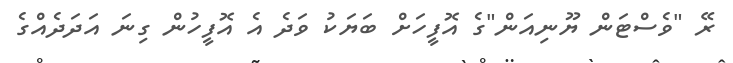
ރޭ "ވެސްޓަން ޔޫނިއަން"ގެ އޮފީހަށް ބަޔަކު ވަދެ އެ އޮފީހުން ގިނަ އަދަދެއްގެ